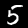
Digit: 5